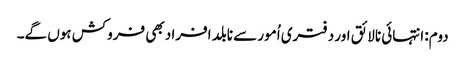
دوم: انتہائی نالائق اور دفتری اُمور سے نابلد افراد بھی فروکش ہوں گے۔